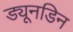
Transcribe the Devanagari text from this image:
ड्यूनडिन